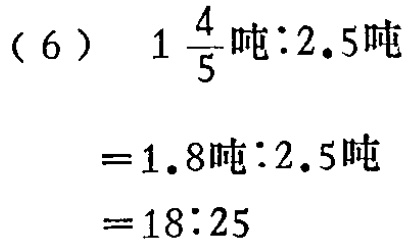
\[(6)\ 1\frac{4}{5}\text{吨}:2.5\text{吨}\\

=1.8\text{吨}:2.5\text{吨}\\

=18:25\]